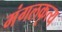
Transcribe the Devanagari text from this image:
मंगलकृत्य